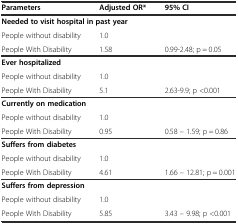
<table><thead><tr><td><b>Parameters</b></td><td><b>Adjusted OR*</b></td><td><b>95% CI</b></td></tr></thead><tbody><tr><td colspan="3"><b>Needed to visit hospital in past year</b></td></tr><tr><td>People without disability</td><td>1.0</td><td></td></tr><tr><td>People With Disability</td><td>1.58</td><td>0.99-2.48; p = 0.05</td></tr><tr><td colspan="3"><b>Ever hospitalized</b></td></tr><tr><td>People without disability</td><td>1.0</td><td></td></tr><tr><td>People With Disability</td><td>5.1</td><td>2.63-9.9; p &lt;0.001</td></tr><tr><td colspan="3"><b>Currently on medication</b></td></tr><tr><td>People without disability</td><td>1.0</td><td></td></tr><tr><td>People With Disability</td><td>0.95</td><td>0.58 – 1.59; p = 0.86</td></tr><tr><td colspan="3"><b>Suffers from diabetes</b></td></tr><tr><td>People without disability</td><td>1.0</td><td></td></tr><tr><td>People With Disability</td><td>4.61</td><td>1.66 – 12.81; p = 0.001</td></tr><tr><td colspan="3"><b>Suffers from depression</b></td></tr><tr><td>People without disability</td><td>1.0</td><td></td></tr><tr><td>People With Disability</td><td>5.85</td><td>3.43 – 9.98; p &lt;0.001</td></tr></tbody></table>